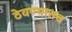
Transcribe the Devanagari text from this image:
ठेवण्यातच